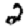
Digit: 2